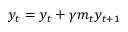
y _ { t } = y _ { t } + \gamma m _ { t } y _ { t + 1 }